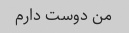
من دوست دارم